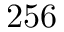
2 5 6